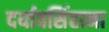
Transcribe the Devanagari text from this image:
दर्यावसिंहाना